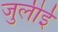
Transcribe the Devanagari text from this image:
जुलीई